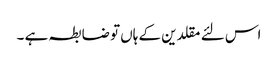
اس لئے مقلدین کے ہاں تو ضابطہ ہے ۔